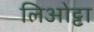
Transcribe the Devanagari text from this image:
लिओट्टा